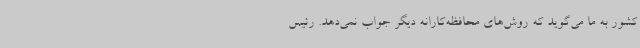
کشور به ما می‌گوید که روش‌های محافظه‌کارانه دیگر جواب نمی‌دهد. رئیس